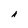
Character: i